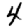
Digit: 4